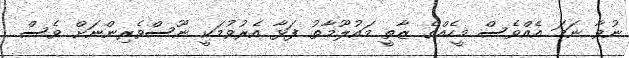
ނުވާ ނަމަ އެއްވެސް މީހެއްގެ ޒާތީ މައުލޫމާތު ފަޅާ އެރުވުމަކީ ނޫސްވެރިންނަށް ވެސް